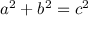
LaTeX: \displaystyle a ^ { 2 } + b ^ { 2 } = c ^ { 2 }